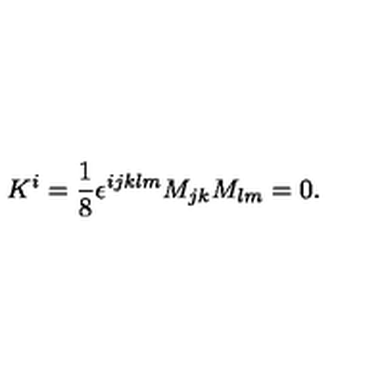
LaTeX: K ^ { i } = \frac { 1 } { 8 } \epsilon ^ { i j k l m } M _ { j k } M _ { l m } = 0 .